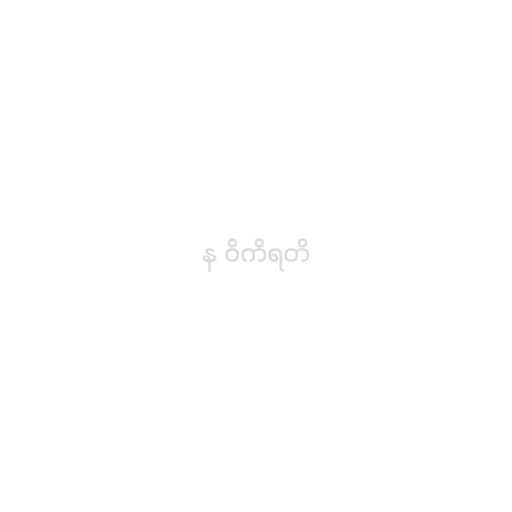
န ဝိကိရတိ